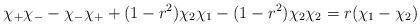
LaTeX: \begin{align*}\chi_+ \chi_- - \chi_- \chi_+ + (1-r^2) \chi_2 \chi_1-(1-r^2)\chi_2 \chi_2 = r (\chi_1-\chi_2)\end{align*}